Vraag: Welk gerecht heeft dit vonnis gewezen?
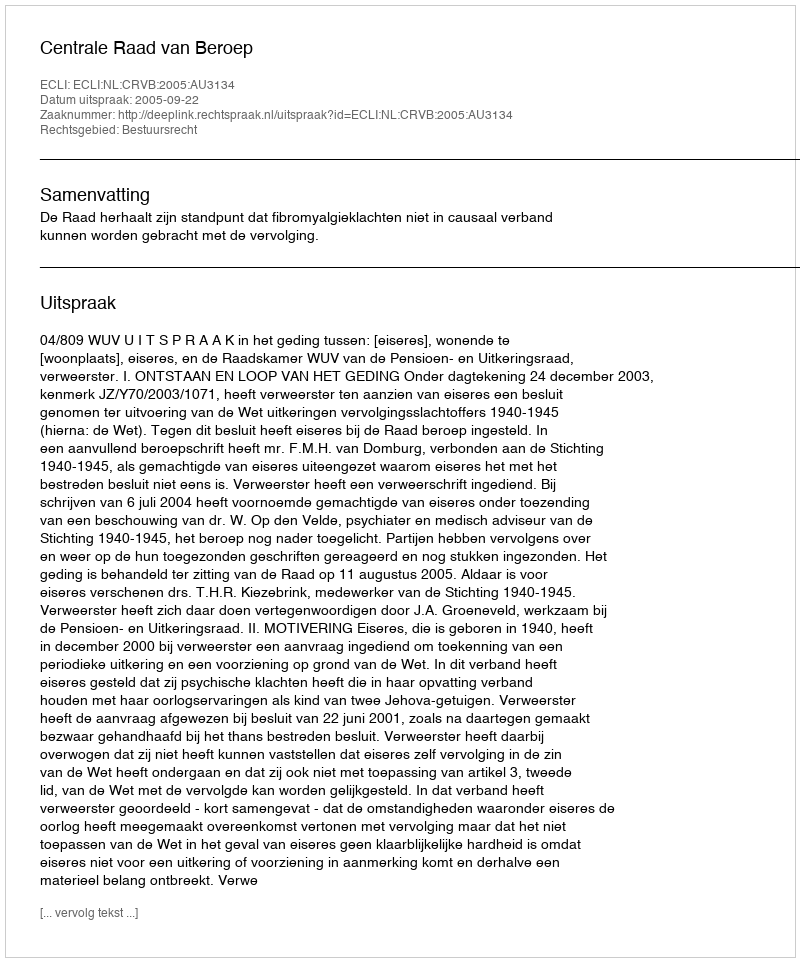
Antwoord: Centrale Raad van Beroep